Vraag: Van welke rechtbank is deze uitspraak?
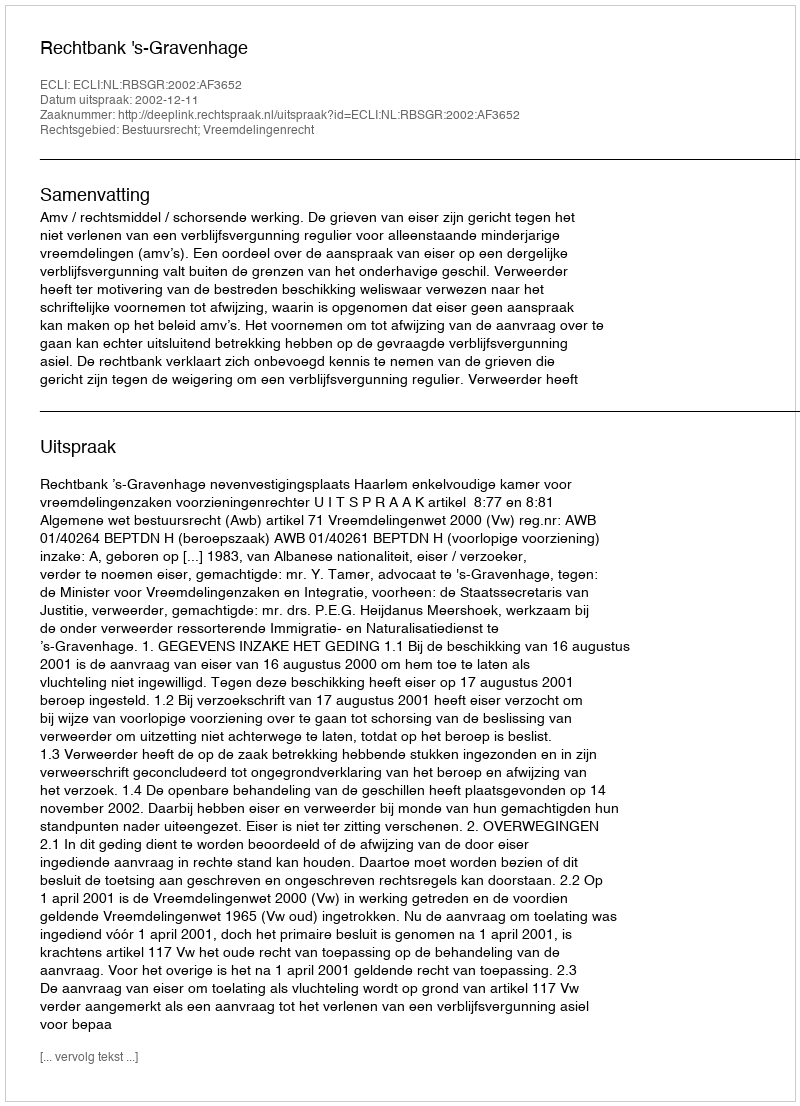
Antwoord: Rechtbank 's-Gravenhage